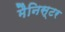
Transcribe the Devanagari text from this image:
मैनिस्टर